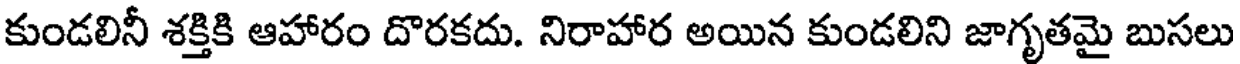
కుండలినీ శక్తికి ఆహారం దొరకదు. నిరాహార అయిన కుండలిని జాగృతమై బుసలు